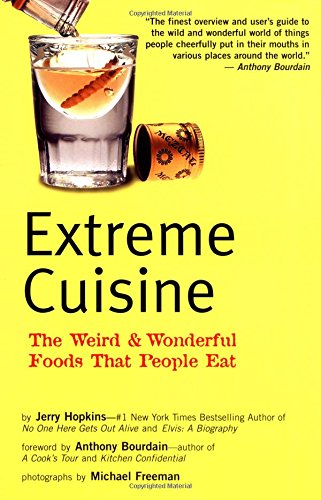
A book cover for Extreme Cuisine: The Weird & Wonderful Foods that People Eat; Jerry Hopkins; Cookbooks, Food & Wine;